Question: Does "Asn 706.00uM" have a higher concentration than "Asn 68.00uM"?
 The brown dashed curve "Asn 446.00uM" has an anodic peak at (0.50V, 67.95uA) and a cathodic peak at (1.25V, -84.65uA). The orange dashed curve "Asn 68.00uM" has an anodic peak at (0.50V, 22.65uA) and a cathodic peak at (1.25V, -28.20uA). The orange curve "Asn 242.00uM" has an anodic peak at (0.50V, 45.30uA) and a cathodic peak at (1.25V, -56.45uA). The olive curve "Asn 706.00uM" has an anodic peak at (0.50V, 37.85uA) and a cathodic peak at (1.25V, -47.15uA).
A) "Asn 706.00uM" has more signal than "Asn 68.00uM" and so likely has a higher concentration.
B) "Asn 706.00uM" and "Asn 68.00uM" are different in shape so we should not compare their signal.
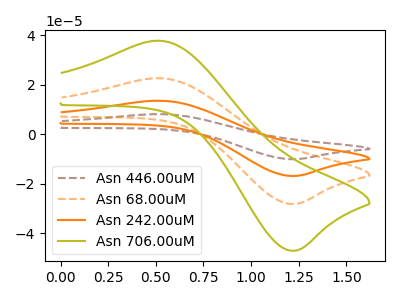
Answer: <think>All the peaks in "Asn 706.00uM" have a peak in "Asn 68.00uM" at the same potential. Every peak in "Asn 706.00uM" is higher than every peak in "Asn 68.00uM".
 </think>
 <answer>A) "Asn 706.00uM" has more signal than "Asn 68.00uM" and so likely has a higher concentration.</answer>
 <eval>A</eval>